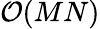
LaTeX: \mathcal{O}(MN)